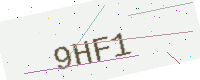
Text: 9HF1